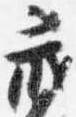
蔵